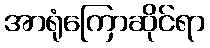
အာရုံကြောဆိုင်ရာ